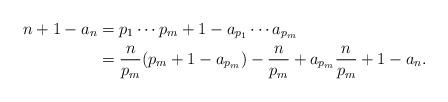
LaTeX: \begin{align*} n+1-a_n &= p_1\cdots p_{m} + 1 - a_{p_1}\cdots a_{p_m} \\ &= \frac{n}{p_m}(p_m+1-a_{p_m})-\frac{n}{p_m}+a_{p_m}\frac{n}{p_m}+1-a_n.\end{align*}